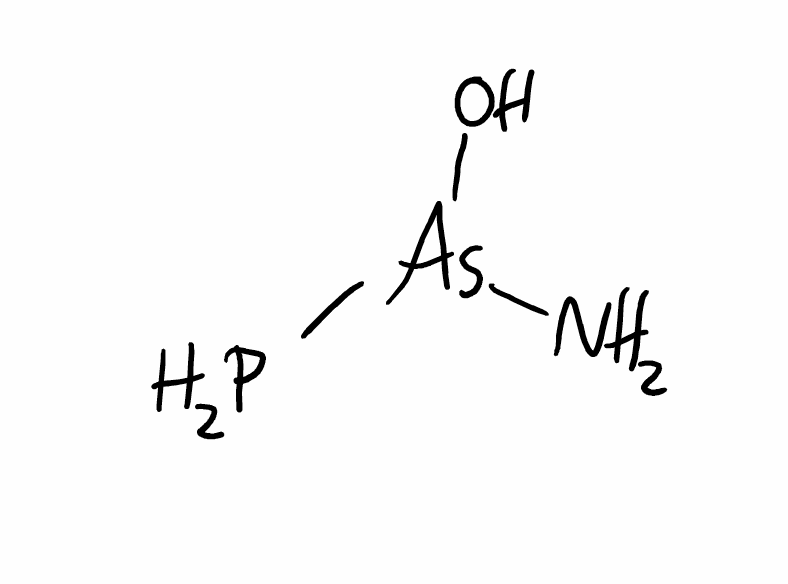
Simplified molecular-input line-entry system (SMILES) notation of the given molecule:
N[As](O)P